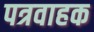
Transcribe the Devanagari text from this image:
पत्रवाहक